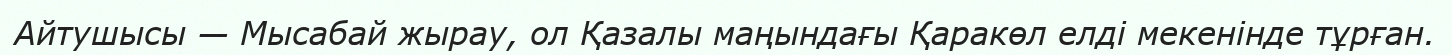
Айтушысы — Мысабай жырау, ол Қазалы маңындағы Қаракөл елді мекенінде тұрған.